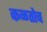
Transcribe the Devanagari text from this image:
कळतोच